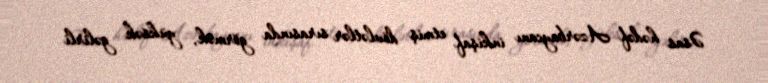
Əsas hədəf Azərbaycanı inkişaf etmiş dövlətlər sırasında görmək, yüksək gəlirli